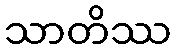
သာတိဿ